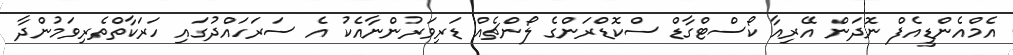
އެމްއެންޑީއެފް ނޮދަން އޭރިއާ ކޯސްޓްގާޑް ސްކޮޑްރަންގެ ލޯންޗެއް ޑަރިވަރުންނާއެކު އެ ސަރަހައްދުގައި ހަރަކާތްތެރިވަމުންދާ